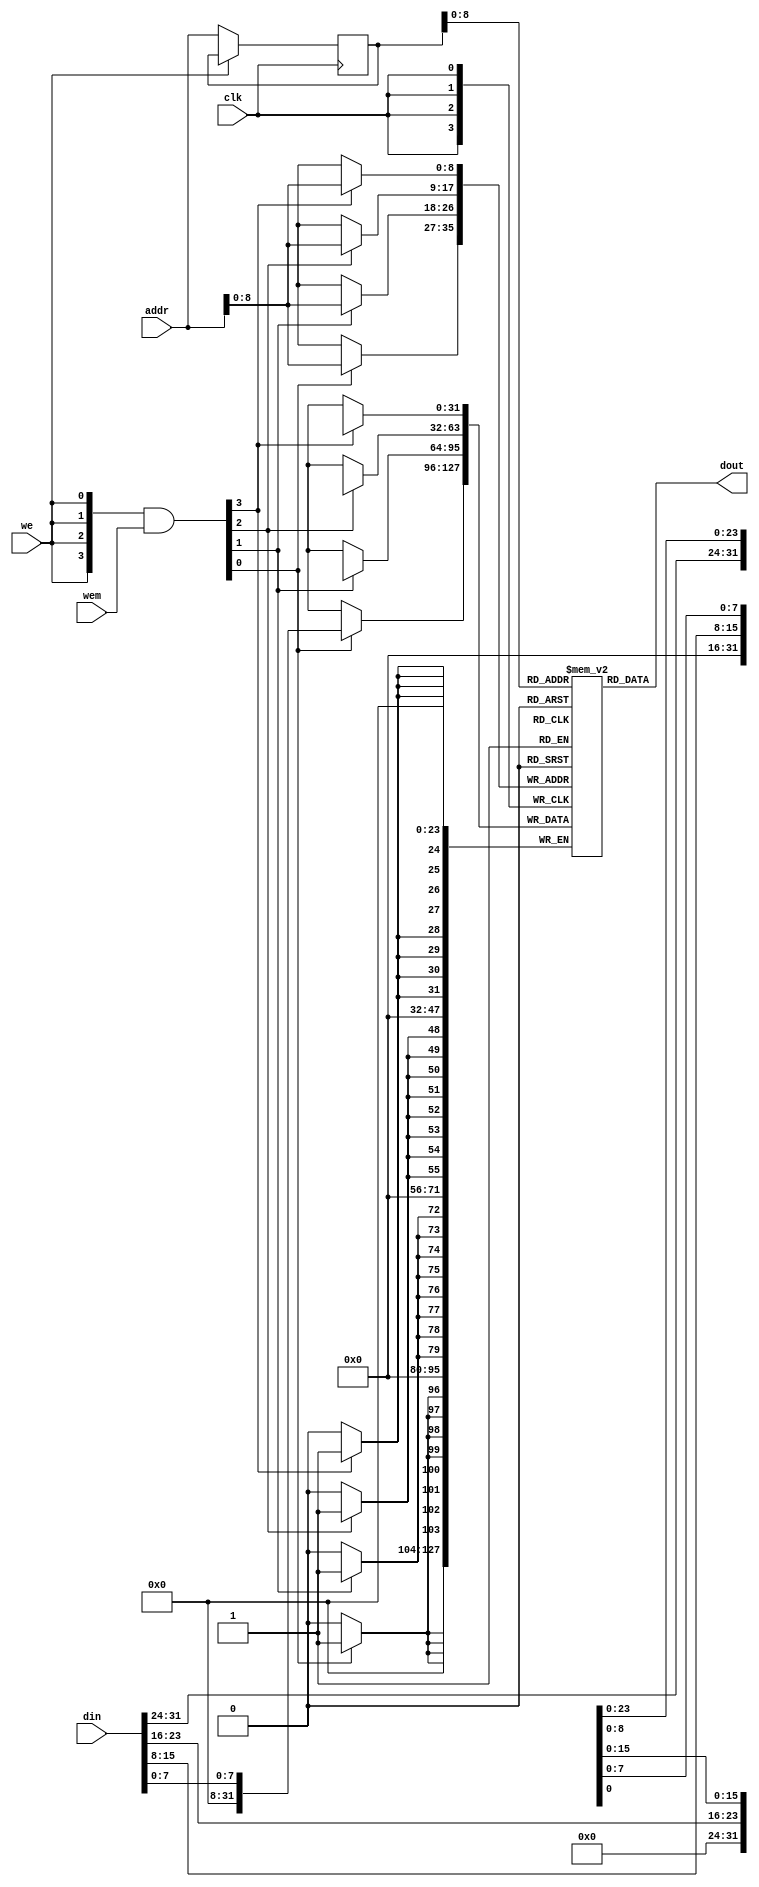
// =====================================
//Simulation model of SRAM
//Modules:    sim_ram
//assume legal address
//=====================================

module sim_ram#(
    parameter DP = 512,//depth
    parameter DW = 32,//data width
    parameter MW= 4,//mask width
    parameter AW = 32,//address width
    parameter FORCE_X2ZERO = 0,
    parameter ITCM = 0,//instantiate as ITCM RAM
    parameter DTCM = 0 //instantiate as DTCM RAM
) (
    input  clk,
    input[DW-1:0] din,
    input[AW-1:0] addr,
    input we,
    input[MW-1:0] wem,//write enable mask
    output[DW-1:0] dout
);
    reg [DW-1:0] mem_r[0:DP-1];
    reg [AW-1:0] addr_r;
    wire [MW-1:0] wen;
    wire ren;
    wire [DW-1:0] dout_pre;
    integer j;

    assign ren = ~we;
    assign wen = ({MW{we}} & wem);

    //the output will holdup
    always @(posedge clk ) begin
        if(ren) begin
            addr_r <= addr;
        end
    end
  
    genvar i;
    generate 
        for(i = 0; i<MW; i = i + 1) begin: simramloop
            if((8*i+8) > DW) begin: lastbyte
                always @(posedge clk) begin
                    if (wen[i]) begin: maskenabled
                        mem_r[addr][DW-1:8*i] <= din[DW-1:8*i];
                    end
                end
            end
            else begin: nonlastbytes
                always @(posedge clk) begin
                    if (wen[i]) begin: maskdisabeled
                        mem_r[addr][8*i+7:8*i] <= din[8*i+7:8*i];
                    end
                end
            end
        end
    endgenerate
    
    assign dout = mem_r[addr_r];
        
    generate
        if(FORCE_X2ZERO == 1) begin: force_x_to_zero
          for (i = 0; i < DW; i = i+1) begin:force_x_gen 
              `ifndef SYNTHESIS//{
             assign dout[i] = (dout_pre[i] === 1'bx) ? 1'b0 : dout_pre[i];
              `else//}{
             assign dout[i] = dout_pre[i];
              `endif//}
          end
        end
        else begin:no_force_x_to_zero
         assign dout = dout_pre;
        end
    endgenerate
            
    /*
    initial begin
        if (ITCM==1) begin
            mem_r[1] = 32'b0000000_00000_00000_000_00001_011_0111;//lui x1, 0x0000_0000
            mem_r[2] = 32'b0000000_00100_00001_010_00001_000_0011;//lw x1, 0x1234_5678
            mem_r[3] = 32'b0000000_00000_00000_000_00100_011_0111;//lui x4, 0
            mem_r[4] = 32'b0000000_00001_00100_000_01000_010_0011;//sb x4, x1, 8
            mem_r[5] = 32'b0000000_00001_00100_001_01000_010_0011;//sh x4, x1, 8
            mem_r[6] = 32'b0000000_00001_00100_010_01000_010_0011;//sw x4, x1, 8
        end
    end
    
   initial begin
       if (DTCM==1) begin 
           mem_r[0] = 32'd1;//0x0001
           mem_r[1] = 32'h1234_5678;
           mem_r[2] = 32'b00000000_00000000_00000001_00000001;//0x0011
           mem_r[3] = 32'b00000001_00000001_00000001_00000001;//0x1111
       end
   end
   */
endmodule